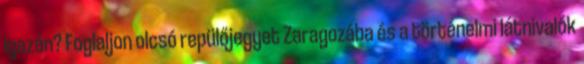
igazán? Foglaljon olcsó repülőjegyet Zaragozába és a történelmi látnivalók